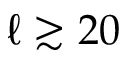
\ell \gtrsim 2 0